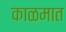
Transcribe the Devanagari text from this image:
काळमात